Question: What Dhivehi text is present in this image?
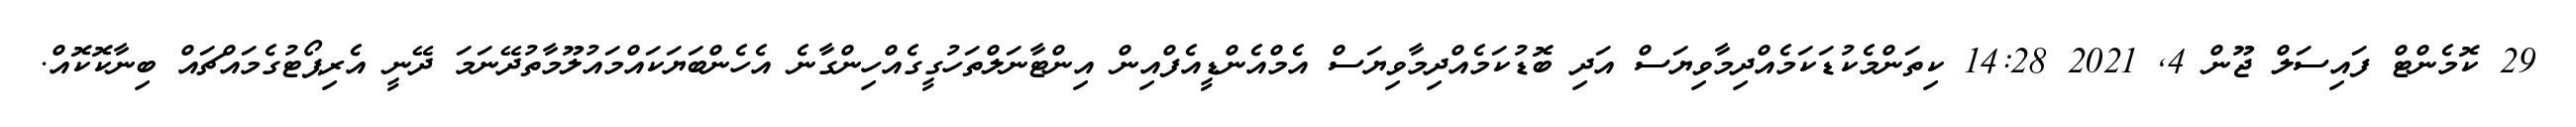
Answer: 29 ކޮމެންޓް ފައިސަލް ޖޫން 4, 2021 14:28 ކިތަންމެކުޑަކަމެއްދިމާވިޔަސް އަދި ބޮޑުކަމެއްދިމާވިޔަސް އެމްއެންޑީއެފްއިން އިންޓާނަލްތަހުގީގެއްހިންގާނެ އެހެންބަޔަކައްމައުލޫމާތުދޭނަމަ ދޭނީ އެރިޕޯޓުގެމައްޗައް ބިނާކޮކޮއް.